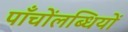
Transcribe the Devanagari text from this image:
पाँचोंलब्धियों